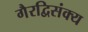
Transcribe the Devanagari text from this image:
गैरद्विसंक्य